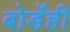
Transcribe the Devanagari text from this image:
बोर्डेही